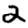
Digit: 2